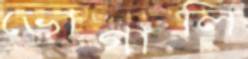
ভোগালি